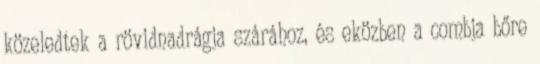
közeledtek a rövidnadrágja szárához, és eközben a combja bőre